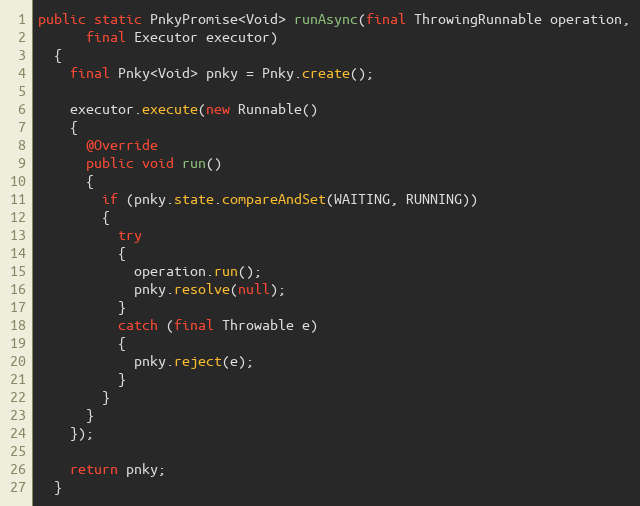
Language: Java
public static PnkyPromise<Void> runAsync(final ThrowingRunnable operation,
      final Executor executor)
  {
    final Pnky<Void> pnky = Pnky.create();

    executor.execute(new Runnable()
    {
      @Override
      public void run()
      {
        if (pnky.state.compareAndSet(WAITING, RUNNING))
        {
          try
          {
            operation.run();
            pnky.resolve(null);
          }
          catch (final Throwable e)
          {
            pnky.reject(e);
          }
        }
      }
    });

    return pnky;
  }